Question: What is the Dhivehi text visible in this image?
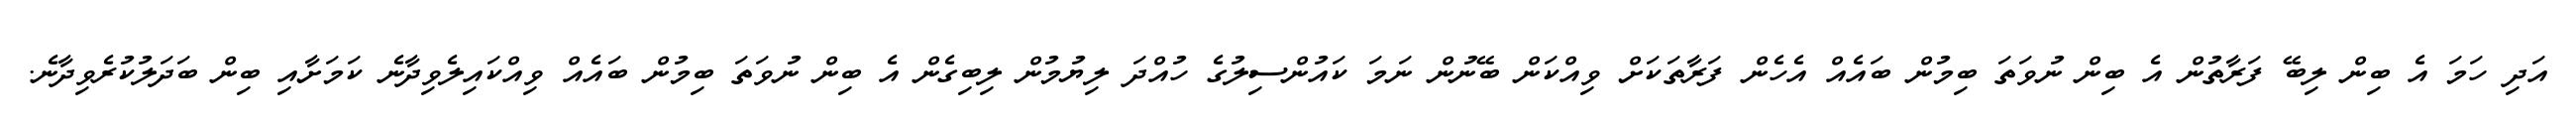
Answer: އަދި ހަމަ އެ ބިން ލިބޭ ފަރާތުން އެ ބިން ނުވަތަ ބިމުން ބައެއް އެހެން ފަރާތަކަށް ވިއްކަން ބޭނުން ނަމަ ކައުންސިލުގެ ހުއްދަ ލިޔުމުން ލިބިގެން އެ ބިން ނުވަތަ ބިމުން ބައެއް ވިއްކައިލެވިދާނެ ކަމަށާއި ބިން ބަދަލުކުރެވިދާނެ.